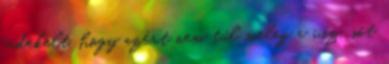
érdekelt, hogy azért nem túl meleg a víz, sőt